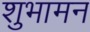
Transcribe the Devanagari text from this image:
शुभामन